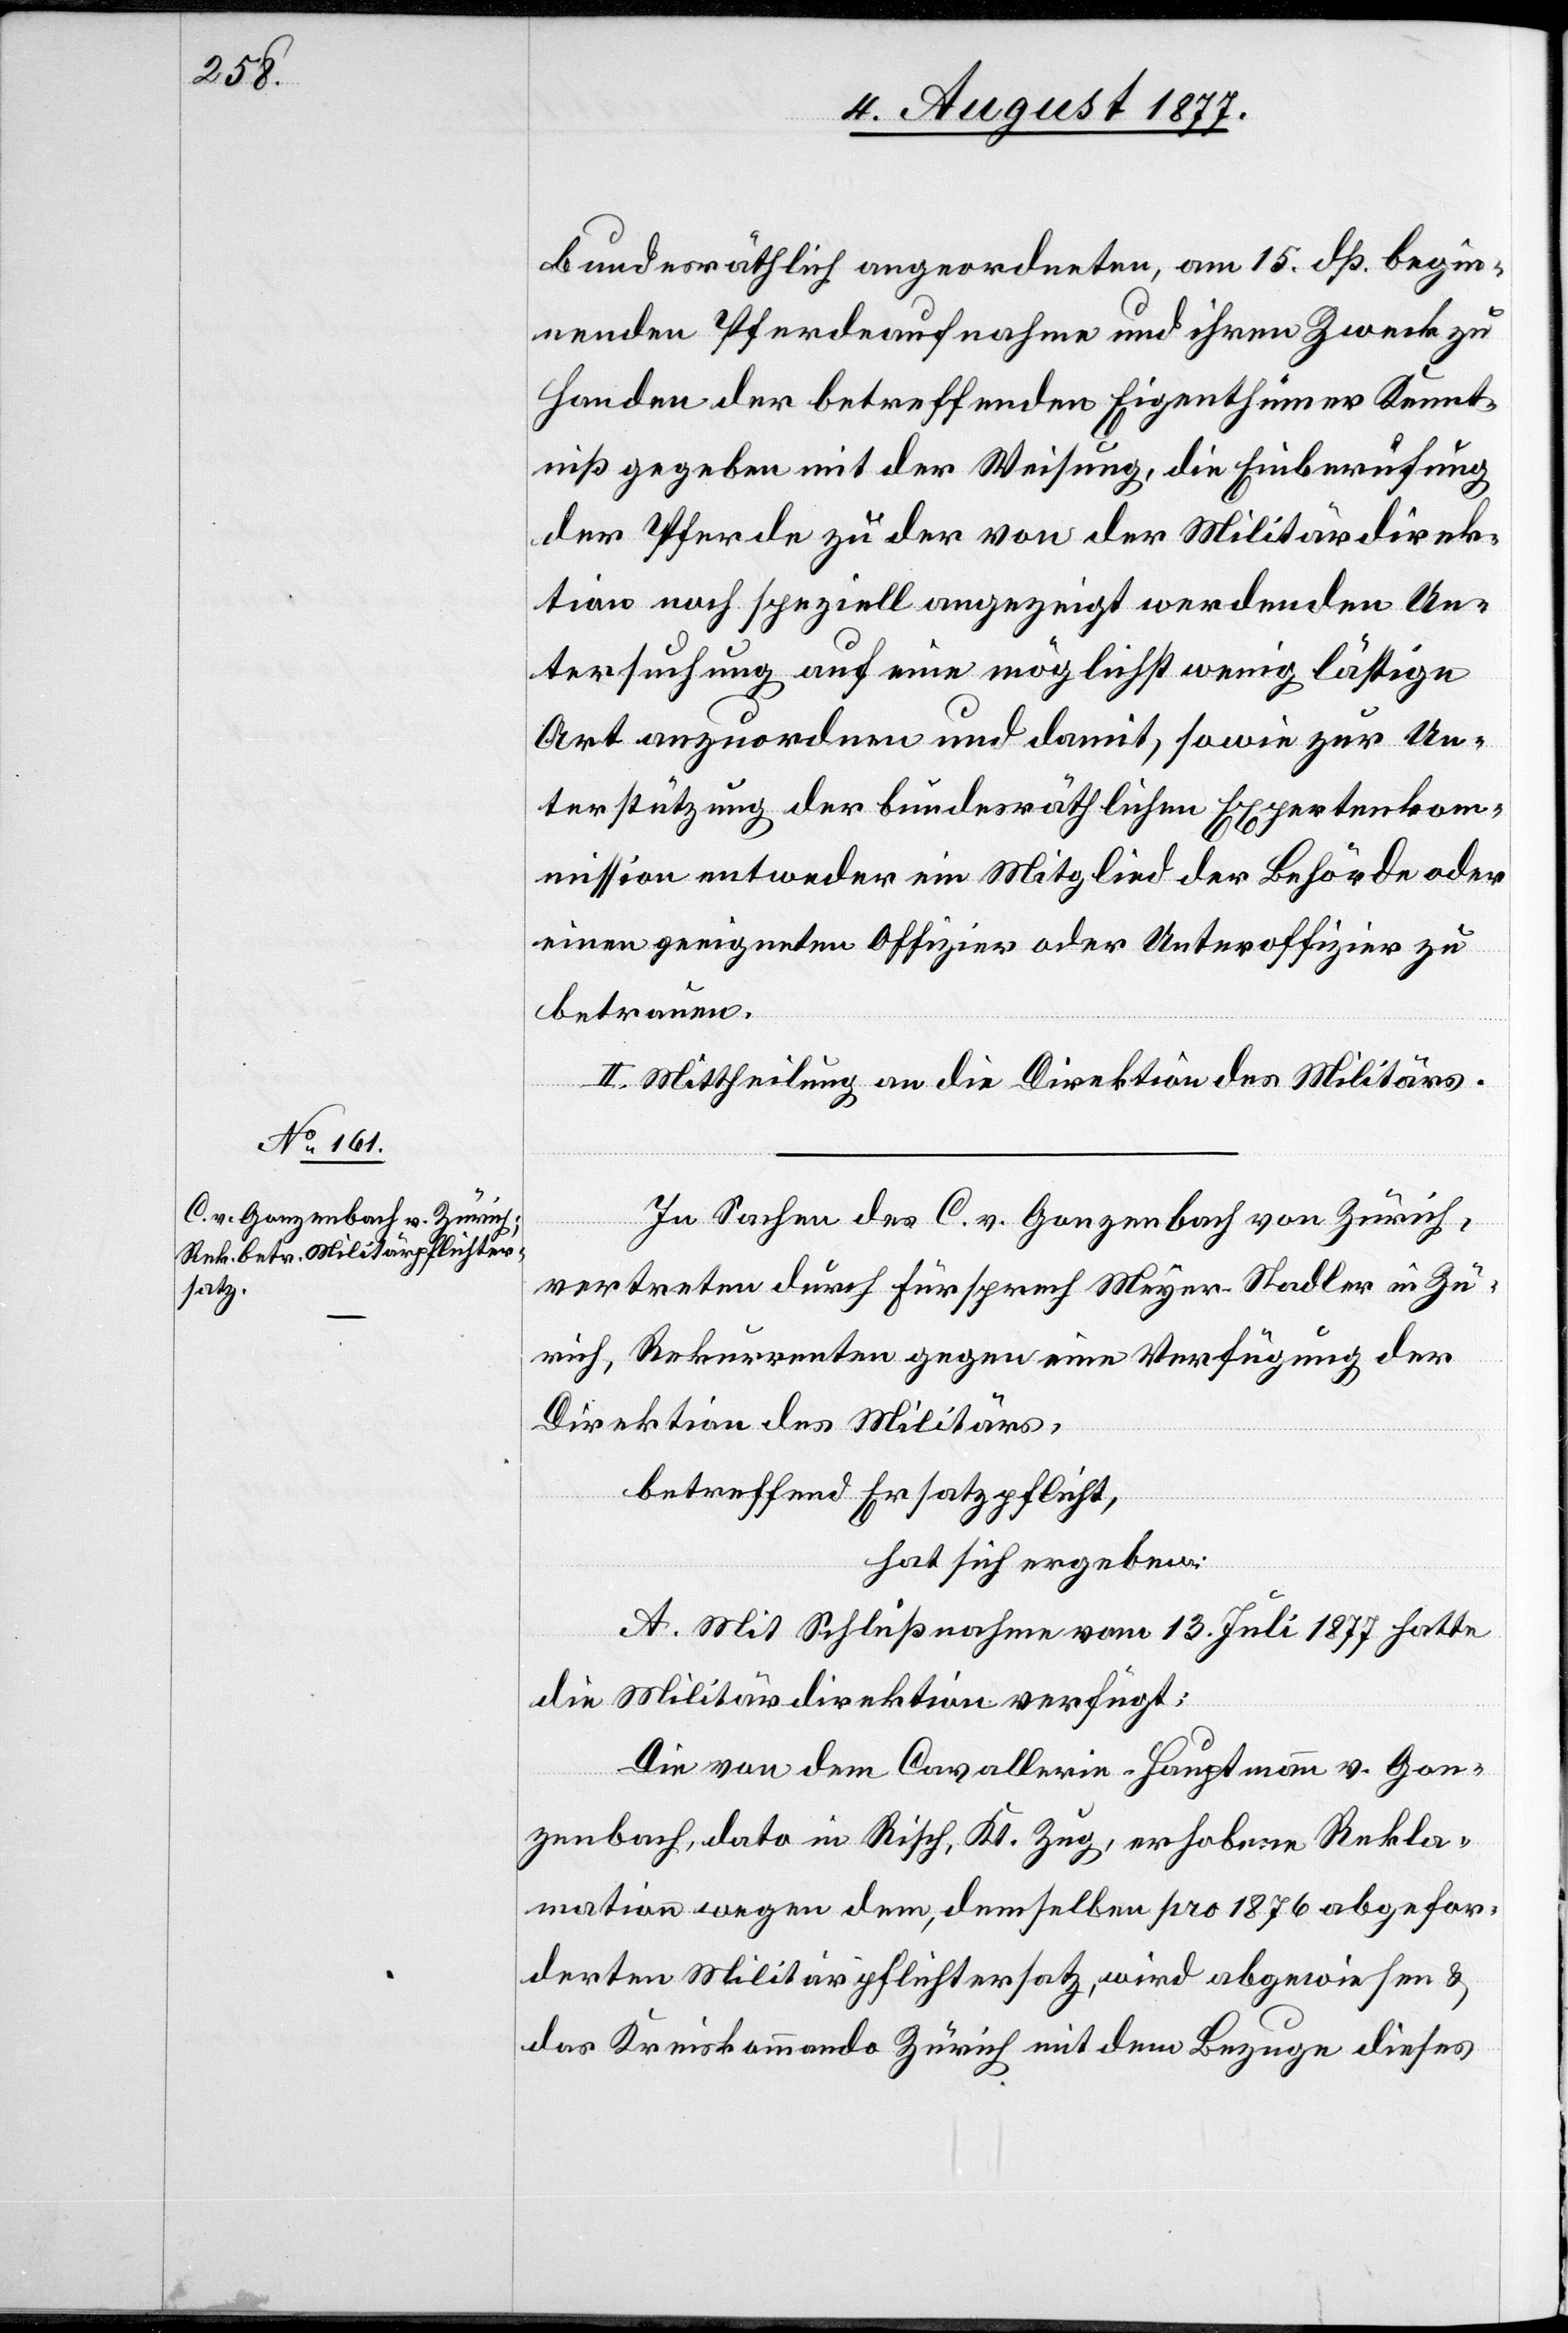
bundesräthlich angeordneten, am 15. dß. begin¬
nenden Pferdeaufnahme und ihren Zweck zu
Handen der betreffenden Eigenthümer Kennt¬
niß gegeben mit der Weisung, die Einberufung
der Pferde zu der von der Militärdirek¬
tion noch speziell angezeigt werdenden Un¬
tersuchung auf eine möglichst wenig lästige
Art anzuordnen und damit, sowie zur Un¬
terstützung der bundesräthlichen Expertenko¬
mmission entweder ein Mitglied der Behörde oder
einen geeigneten Offizier oder Unteroffizier zu
betrauen.
II. Mittheilung an die Direktion des Militärs.
In Sachen des C. v. Gonzenbach von Zürich,
vertreten durch Fürsprech Meyer-Stadler in Zü¬
rich, Rekurrenten gegen eine Verfügung der
Direktion des Militärs,
betreffend Ersatzpflicht,
hat sich ergeben:
A. Mit Schlußnahme vom 13. Juli 1877 hatte
die Militärdirektion verfügt:
Die von dem Cavallerie-Hauptmann v. Gon¬
zenbach, dato in Risch, Kt. Zug, erhobene Rekla¬
mation wegen dem, demselben pro 1876 abgefor¬
derten Militärpflichtersatz, wird abgewiesen &
das Kreiskommando Zürich mit dem Bezuge dieses